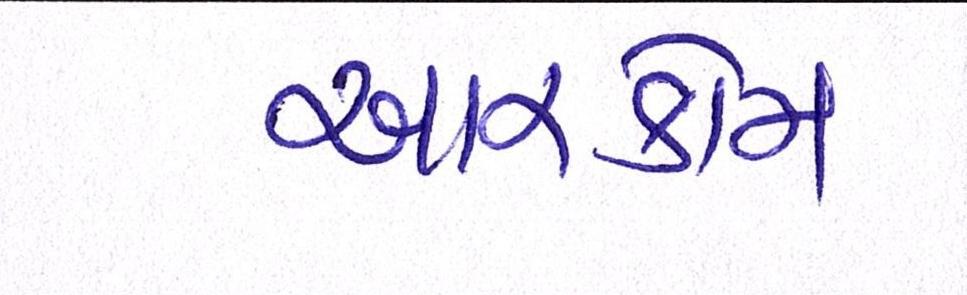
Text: આરકોમ